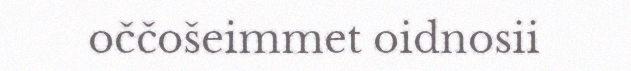
oččošeimmet oidnosii